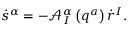
\dot { s } ^ { \alpha } = - \mathcal { A } _ { I } ^ { \alpha } \left( q ^ { a } \right) \dot { r } ^ { I } .